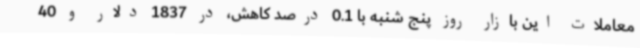
معاملات این بازار روز پنج شنبه با 0.1 درصد کاهش، در 1837 دلار و 40